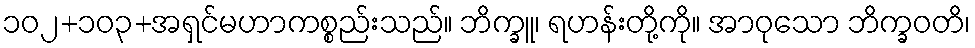
၁၀၂+၁၀၃+အရှင်မဟာကစ္စည်းသည်။ ဘိက္ခူ၊ ရဟန်းတို့ကို။ အာဝုသော ဘိက္ခဝတိ၊